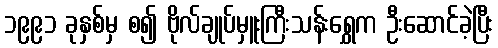
၁၉၉၁ ခုနှစ်မှ စ၍ ဗိုလ်ချုပ်မှူးကြီးသန်းရွှေက ဦးဆောင်ခဲ့ပြီး